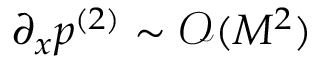
\partial _ { x } \ensuremath { p ^ { ( 2 ) } } \sim \ensuremath { \mathcal { O } ( M ^ { 2 } ) }